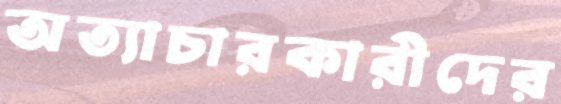
অত্যাচারকারীদের